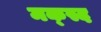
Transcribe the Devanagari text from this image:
मक्स्द